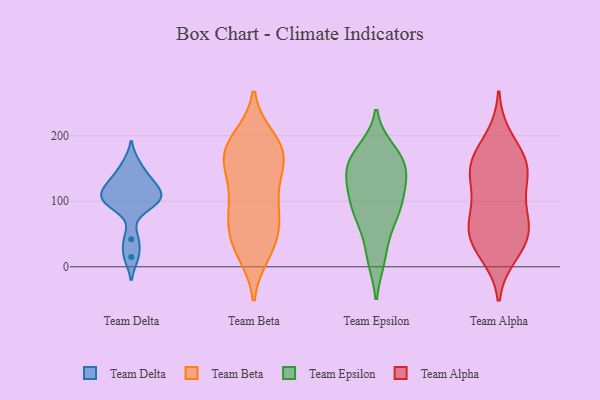
{"axis": {"x": "Tickets Resolved", "y": "Value"}, "legend": ["Team Alpha", "Team Beta", "Team Delta", "Team Epsilon"], "data": [{"x": "", "y": 113, "type": "Team Delta"}, {"x": "", "y": 102, "type": "Team Delta"}, {"x": "", "y": 15, "type": "Team Delta"}, {"x": "", "y": 42, "type": "Team Delta"}, {"x": "", "y": 157, "type": "Team Delta"}, {"x": "", "y": 97, "type": "Team Delta"}, {"x": "", "y": 131, "type": "Team Delta"}, {"x": "", "y": 112, "type": "Team Delta"}, {"x": "", "y": 132, "type": "Team Delta"}, {"x": "", "y": 96, "type": "Team Delta"}, {"x": "", "y": 196, "type": "Team Beta"}, {"x": "", "y": 153, "type": "Team Beta"}, {"x": "", "y": 171, "type": "Team Beta"}, {"x": "", "y": 147, "type": "Team Beta"}, {"x": "", "y": 23, "type": "Team Beta"}, {"x": "", "y": 20, "type": "Team Beta"}, {"x": "", "y": 77, "type": "Team Beta"}, {"x": "", "y": 33, "type": "Team Beta"}, {"x": "", "y": 174, "type": "Team Beta"}, {"x": "", "y": 55, "type": "Team Beta"}, {"x": "", "y": 175, "type": "Team Beta"}, {"x": "", "y": 184, "type": "Team Beta"}, {"x": "", "y": 118, "type": "Team Beta"}, {"x": "", "y": 94, "type": "Team Beta"}, {"x": "", "y": 81, "type": "Team Beta"}, {"x": "", "y": 120, "type": "Team Beta"}, {"x": "", "y": 166, "type": "Team Beta"}, {"x": "", "y": 72, "type": "Team Beta"}, {"x": "", "y": 44, "type": "Team Beta"}, {"x": "", "y": 194, "type": "Team Beta"}, {"x": "", "y": 164, "type": "Team Epsilon"}, {"x": "", "y": 106, "type": "Team Epsilon"}, {"x": "", "y": 127, "type": "Team Epsilon"}, {"x": "", "y": 57, "type": "Team Epsilon"}, {"x": "", "y": 161, "type": "Team Epsilon"}, {"x": "", "y": 153, "type": "Team Epsilon"}, {"x": "", "y": 150, "type": "Team Epsilon"}, {"x": "", "y": 99, "type": "Team Epsilon"}, {"x": "", "y": 177, "type": "Team Epsilon"}, {"x": "", "y": 13, "type": "Team Epsilon"}, {"x": "", "y": 80, "type": "Team Epsilon"}, {"x": "", "y": 124, "type": "Team Epsilon"}, {"x": "", "y": 172, "type": "Team Epsilon"}, {"x": "", "y": 13, "type": "Team Epsilon"}, {"x": "", "y": 138, "type": "Team Epsilon"}, {"x": "", "y": 80, "type": "Team Epsilon"}, {"x": "", "y": 85, "type": "Team Epsilon"}, {"x": "", "y": 152, "type": "Team Alpha"}, {"x": "", "y": 42, "type": "Team Alpha"}, {"x": "", "y": 76, "type": "Team Alpha"}, {"x": "", "y": 33, "type": "Team Alpha"}, {"x": "", "y": 196, "type": "Team Alpha"}, {"x": "", "y": 20, "type": "Team Alpha"}, {"x": "", "y": 53, "type": "Team Alpha"}, {"x": "", "y": 162, "type": "Team Alpha"}, {"x": "", "y": 106, "type": "Team Alpha"}, {"x": "", "y": 154, "type": "Team Alpha"}, {"x": "", "y": 152, "type": "Team Alpha"}, {"x": "", "y": 54, "type": "Team Alpha"}, {"x": "", "y": 84, "type": "Team Alpha"}, {"x": "", "y": 139, "type": "Team Alpha"}]}